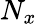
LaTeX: N_{x}